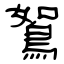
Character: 鴽